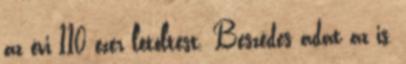
az évi 110 ezer letöltést. Beszédes adat az is,